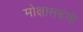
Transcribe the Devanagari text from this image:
मोक्षासंबंधी